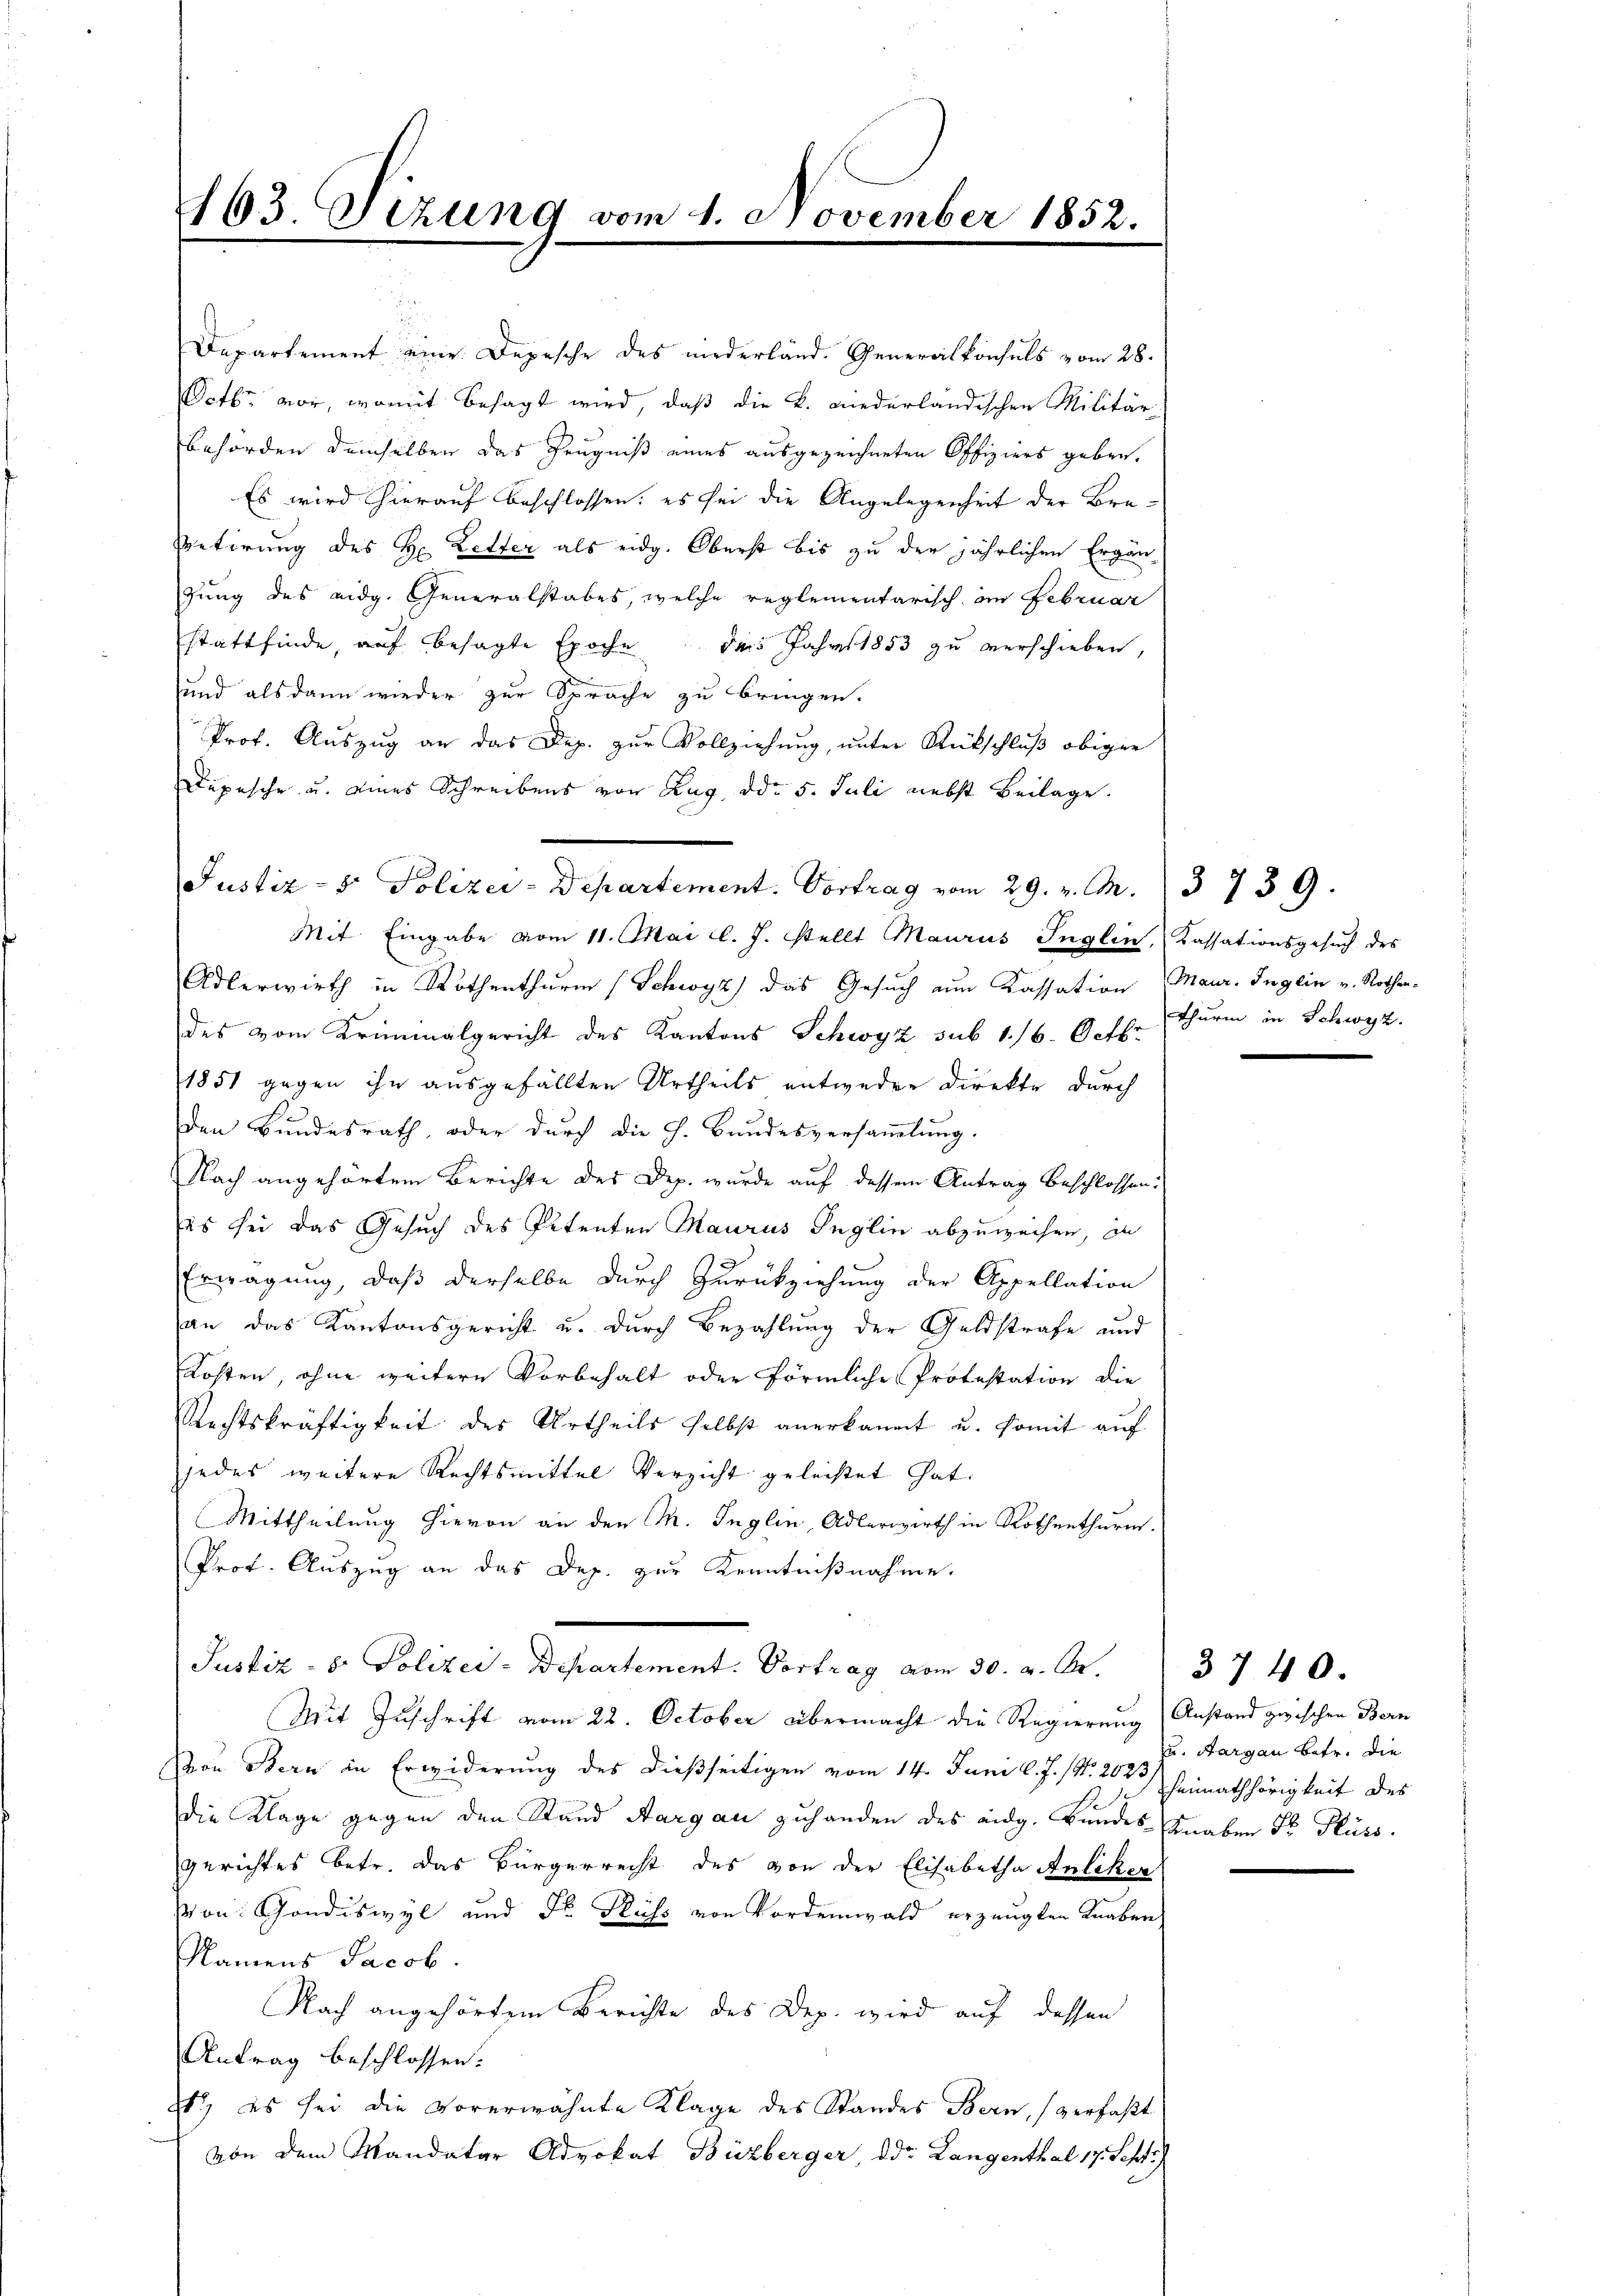
163. Sizung vom 1. November 1852.

Departement eine Depesche des niederländ. Generalkonsuls vom 28.
Octb. vor, womit besagt wird, daß die k. niederländischen Militär-
Behörden demselben das Zeugniß eines ausgezeichneten Offiziers geben.
Es wird hierauf beschlossen: es sei die Angelegenheit der Bra-
Betirung des H. Letter als eidg. Oberst bis zu der jährlichen Ergän-
gung des eidg. Generalstabes, welche reglementarisch im Februar
stattfinde, auf besagte Epoche der Jahres 1853 zu verschieben,
und alsdann wieder zur Sprache zu bringen.
Prof. Auszug an das Dep. zur Vollziehung, unter Rückschluß obiger
Depesche u. eines Schreibens von Zug, ddo 5. Juli nebst Beilage.

Justiz- & Polizei-Departement. Vortrag vom 29. v. M. 3739.

Mit Eingabe vom 11. Mai l. J. stellt Maurus Inglin, Kassationsgesŭch des
Adlerwirth in Rothenthurm (Schwyz) das Gesuch zum Kassation Maur. Inglin v. Rothen-
des vom Kriminalgericht des Kantons Schwyz sub 1/6. Octbr
1851 gegen ihn ausgefällten Urtheils entweder Direkte durch
den Bundesrath, oder durch die h. Bundesversammlung.
Nach angehörtem Berichte des Dep. wurde auf dessem Antrag beschlossen.
es sei das Gesuch des Petenten Maurus Inglin abzuweisen, in
Erwägung, daß derselbe durch Zurückziehung der Appellation
an das Kantonsgericht u. durch Bezahlung der Geldstrafe und
Kosten, ohne weitere Vorbehalt oder förmliche Protestation die
Rechtskräftigkeit des Urtheils selbst anerkannt u. somit auf
jedes weitere Rechtsmittel Verzicht geleistet hat.
Mittheilung hievon an den M. Inglin, Adlerwirth in Rothenthurm.
Prof. Auszug an das Dep. zur Kenntnißnahme.
Puster. v. Polizei-Departement. Vertrag am 30. v. A.
Mit Zuschrift vom 22. October übermacht die Regierung (Anstand zwischen Bern
Von Bern in Erwiderung des dießseitigen vom 14. Juni l. J. (N. 20t Heimathörigkeit des
die Klage gegen den Stand Aargau zuhanden des eidg. Bundes Knaben dr Flüss
gerichtes betr. das Bürgerrecht des von der Elisabetha Anliker
von Gondiswyl und Fr. Süss von Vordemwald erzeugten Knaben
Namens Jacob
Nach angehörtem Berichte des Dep. wird auf dessen
Antrag beschlossen.
t es sei die vorerwähnte Klage des Standes Bern, (verfaßt
von dem Mandatar Advokat Büzberger, ddr Langenthal 17. Septe

Thurm in Schwyz.

3740.
u. Aargau betr. die